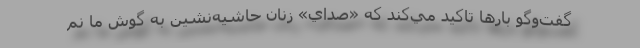
گفت‌وگو بارها تاكيد مي‌كند كه «صداي» زنان حاشيه‌نشين به گوش ما نم